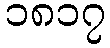
၁၈၁၇